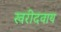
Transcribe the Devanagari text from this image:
खरीदवाय